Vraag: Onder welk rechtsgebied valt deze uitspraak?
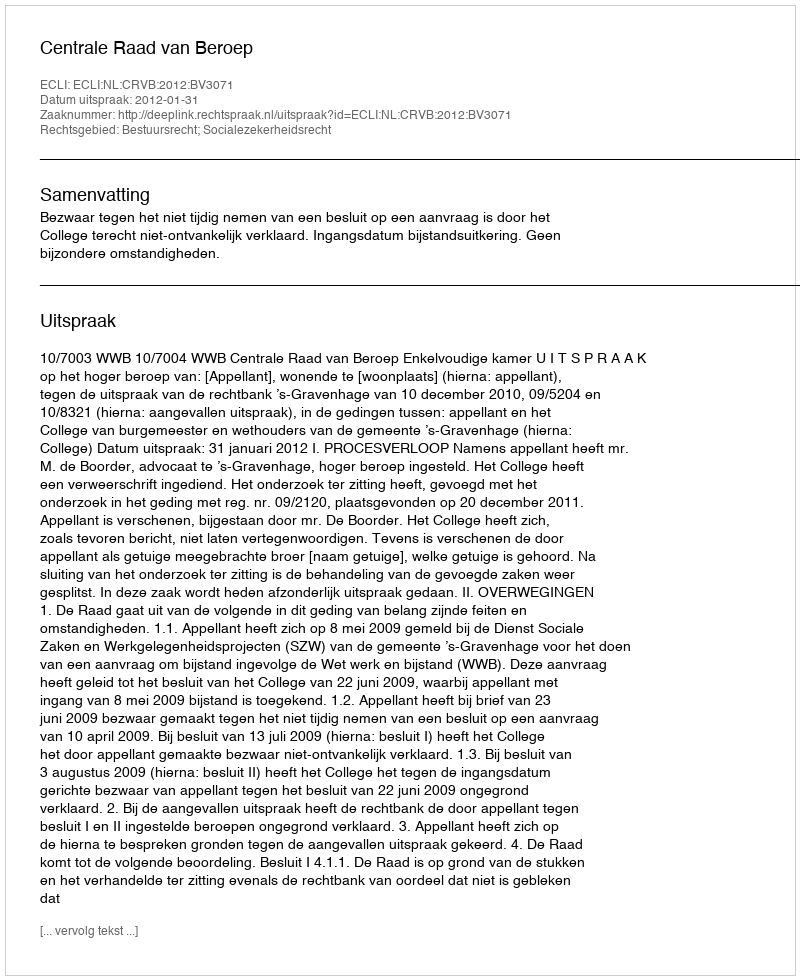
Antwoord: Bestuursrecht; Socialezekerheidsrecht